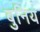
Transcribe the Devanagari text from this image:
बुनिय